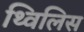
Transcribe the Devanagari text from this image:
थ्‍विलिस